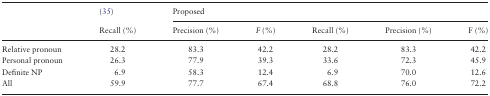
| <ROWSPAN=2>  | (35) | <COLSPAN=5> Proposed |
 | Recall (%) | Precision (%) | F (%) | Recall (%) | Precision (%) | F (%) |
 | --- | --- | --- | --- | --- | --- | --- |
 | Relative pronoun | 28.2 | 83.3 | 42.2 | 28.2 | 83.3 | 42.2 |
 | Personal pronoun | 26.3 | 77.9 | 39.3 | 33.6 | 72.3 | 45.9 |
 | Definite NP | 6.9 | 58.3 | 12.4 | 6.9 | 70.0 | 12.6 |
 | All | 59.9 | 77.7 | 67.4 | 68.8 | 76.0 | 72.2 |